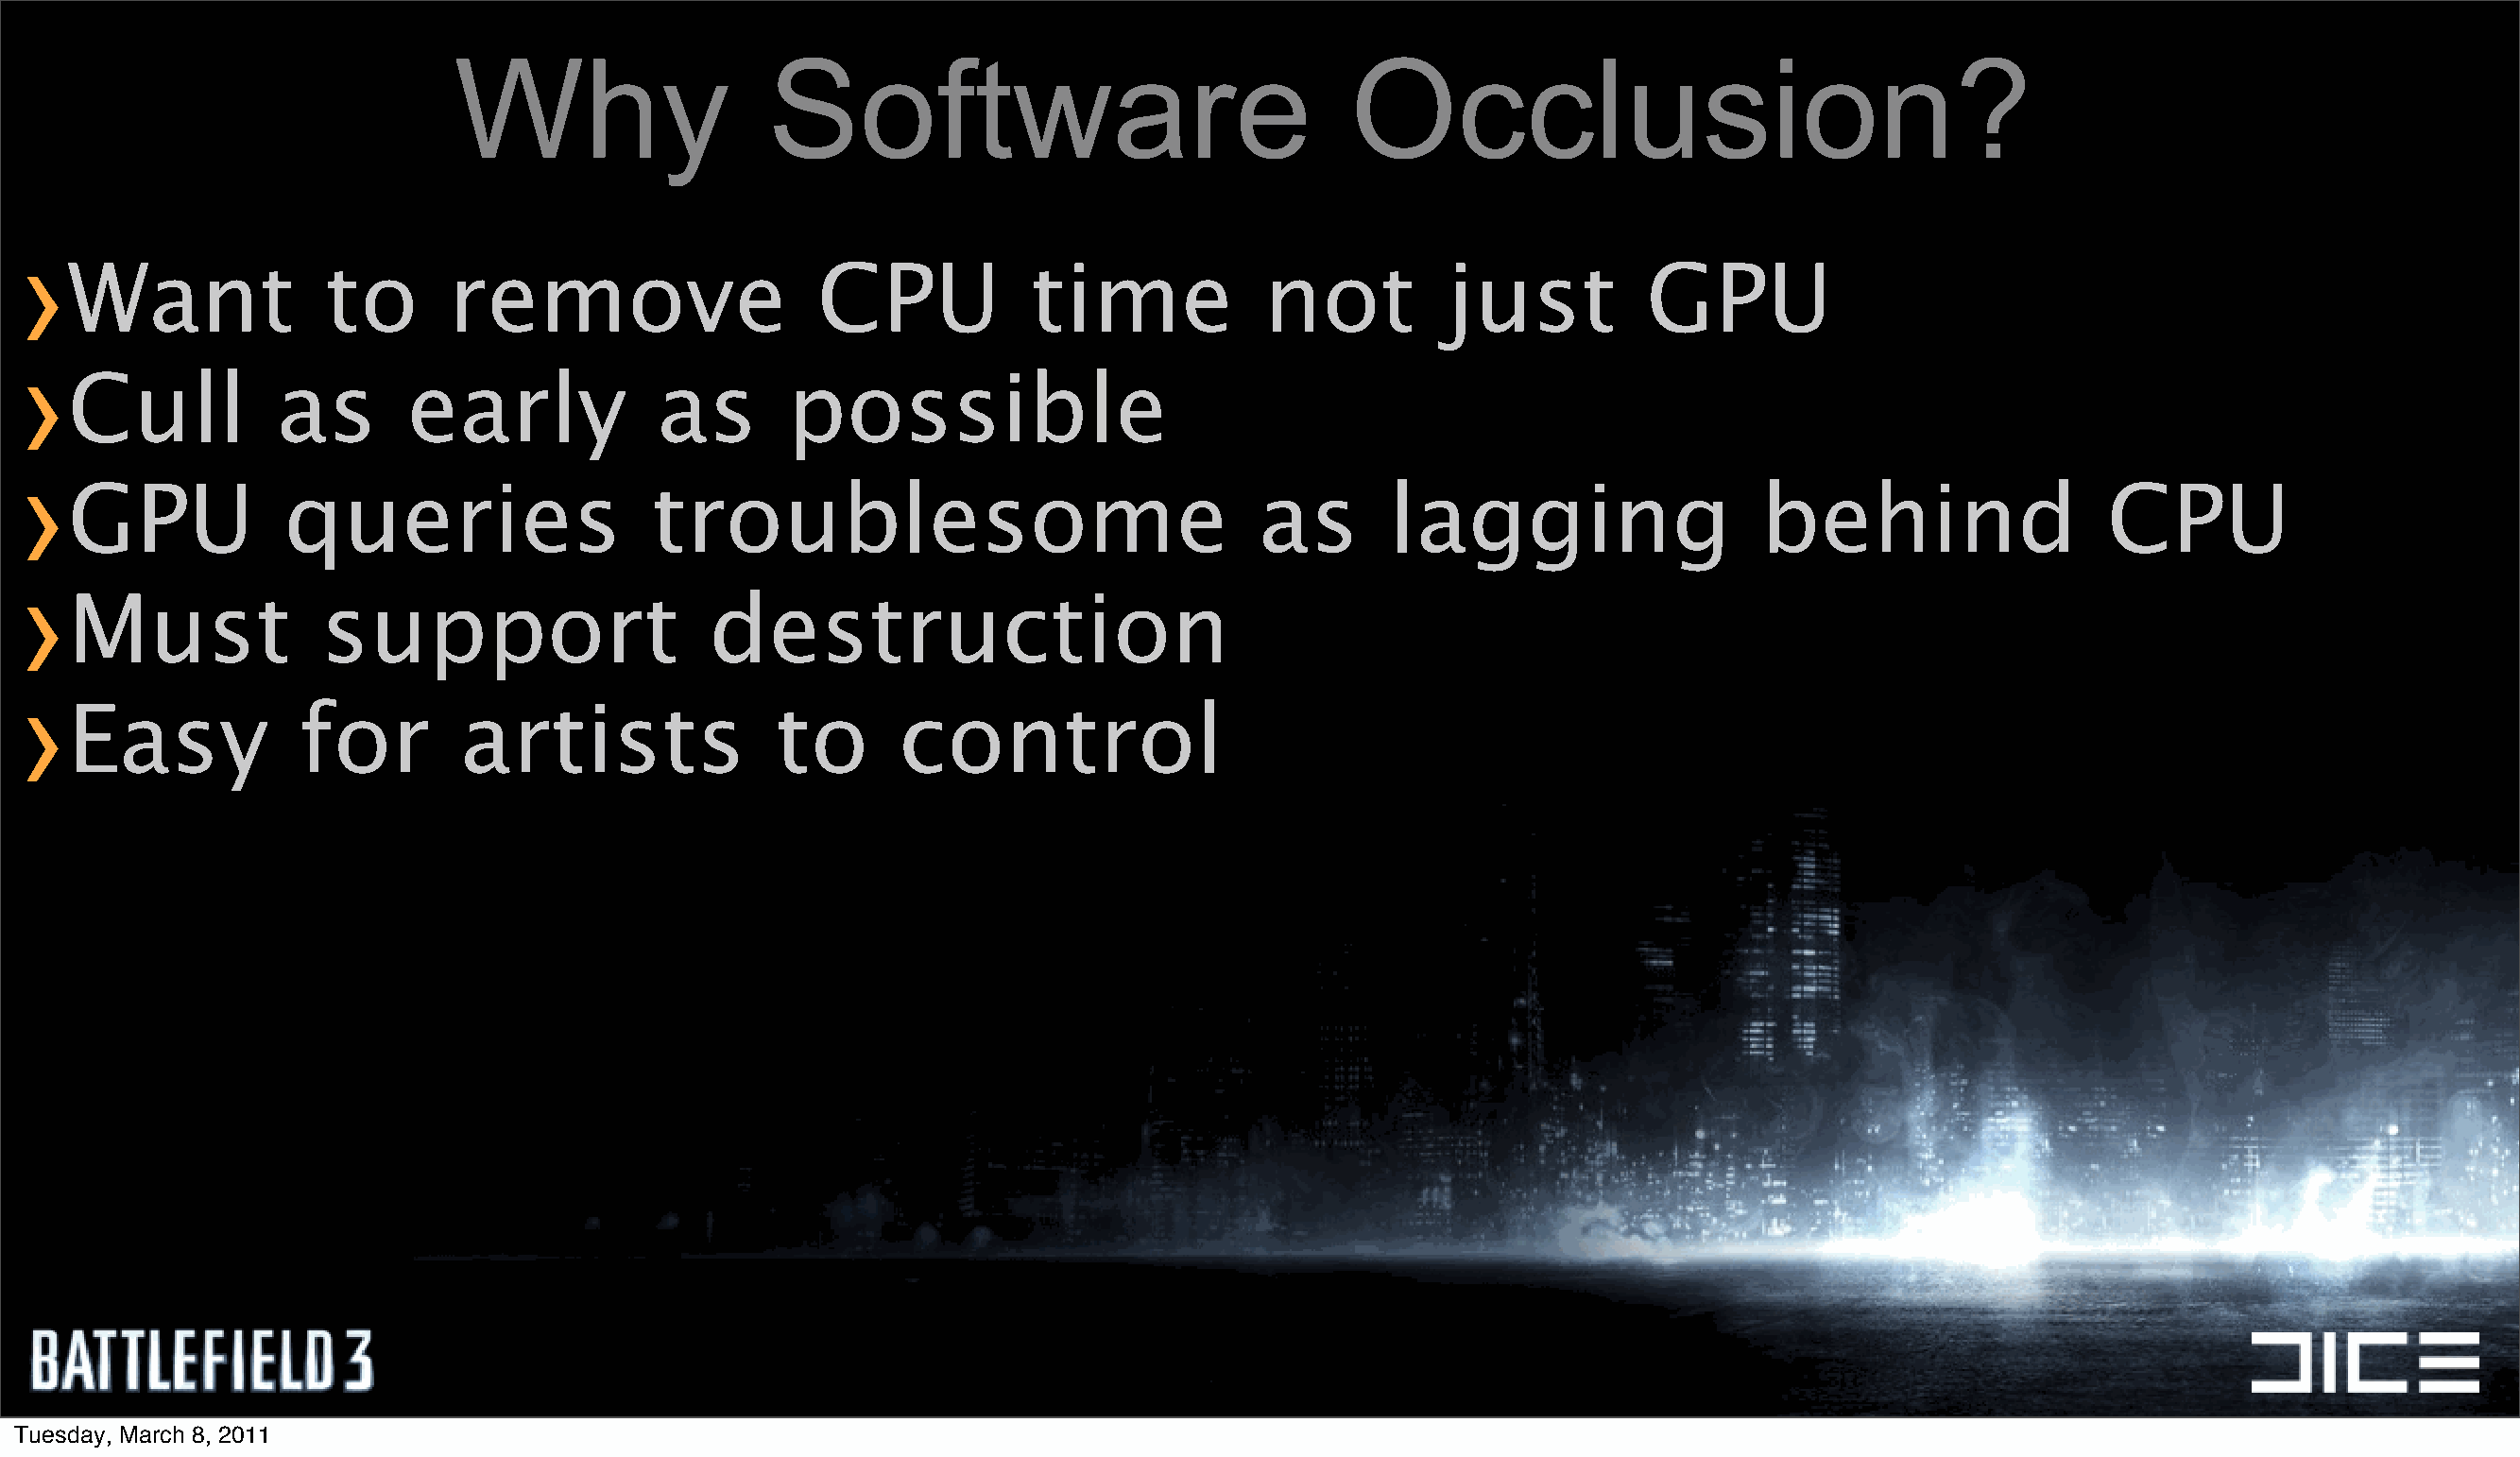
Why                   Software                                 Occlusion?
 ›
 Want              to      remove                    CPU            time             not         just          GPU
 ›
 Cull          as       early             as       possible
 ›
 GPU            queries                   troublesome                               as       lagging                   behind                   CPU
 ›
 Must              support                    destruction
 ›
 Easy            for        artists               to       control
 Tuesday, March 8, 2011